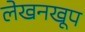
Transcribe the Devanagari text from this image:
लेखनखूप